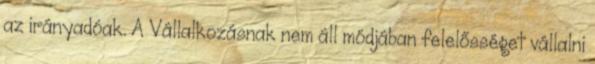
az irányadóak. A Vállalkozásnak nem áll módjában felelősséget vállalni